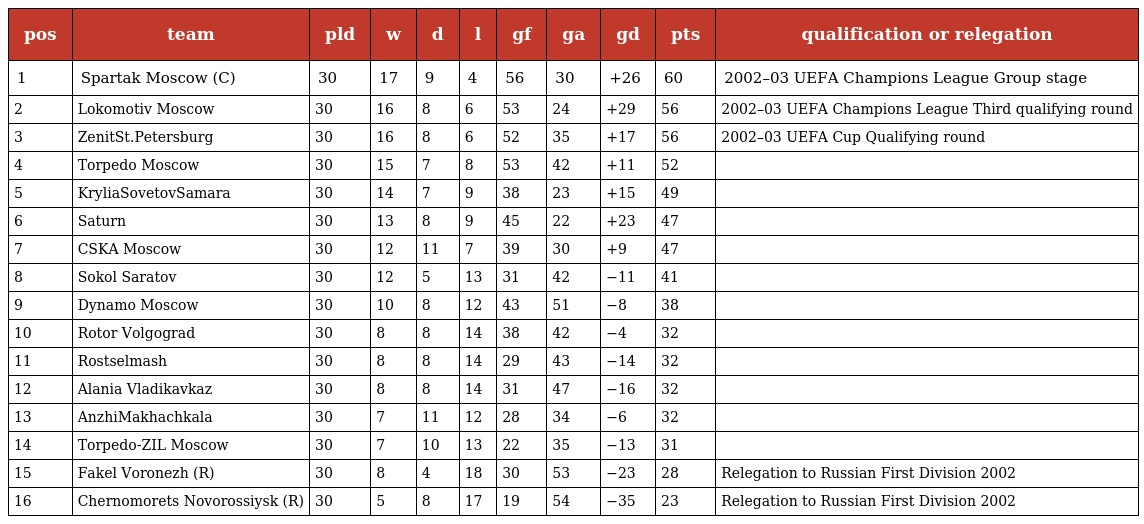
| pos | team | pld | w | d | l | gf | ga | gd | pts | qualification or relegation |
 | --- | --- | --- | --- | --- | --- | --- | --- | --- | --- | --- |
 | 1 | Spartak Moscow (C) | 30 | 17 | 9 | 4 | 56 | 30 | +26 | 60 | 2002–03 UEFA Champions League Group stage |
 | 2 | Lokomotiv Moscow | 30 | 16 | 8 | 6 | 53 | 24 | +29 | 56 | 2002–03 UEFA Champions League Third qualifying round |
 | 3 | ZenitSt.Petersburg | 30 | 16 | 8 | 6 | 52 | 35 | +17 | 56 | 2002–03 UEFA Cup Qualifying round |
 | 4 | Torpedo Moscow | 30 | 15 | 7 | 8 | 53 | 42 | +11 | 52 |  |
 | 5 | KryliaSovetovSamara | 30 | 14 | 7 | 9 | 38 | 23 | +15 | 49 |  |
 | 6 | Saturn | 30 | 13 | 8 | 9 | 45 | 22 | +23 | 47 |  |
 | 7 | CSKA Moscow | 30 | 12 | 11 | 7 | 39 | 30 | +9 | 47 |  |
 | 8 | Sokol Saratov | 30 | 12 | 5 | 13 | 31 | 42 | −11 | 41 |  |
 | 9 | Dynamo Moscow | 30 | 10 | 8 | 12 | 43 | 51 | −8 | 38 |  |
 | 10 | Rotor Volgograd | 30 | 8 | 8 | 14 | 38 | 42 | −4 | 32 |  |
 | 11 | Rostselmash | 30 | 8 | 8 | 14 | 29 | 43 | −14 | 32 |  |
 | 12 | Alania Vladikavkaz | 30 | 8 | 8 | 14 | 31 | 47 | −16 | 32 |  |
 | 13 | AnzhiMakhachkala | 30 | 7 | 11 | 12 | 28 | 34 | −6 | 32 |  |
 | 14 | Torpedo-ZIL Moscow | 30 | 7 | 10 | 13 | 22 | 35 | −13 | 31 |  |
 | 15 | Fakel Voronezh (R) | 30 | 8 | 4 | 18 | 30 | 53 | −23 | 28 | Relegation to Russian First Division 2002 |
 | 16 | Chernomorets Novorossiysk (R) | 30 | 5 | 8 | 17 | 19 | 54 | −35 | 23 | Relegation to Russian First Division 2002 |